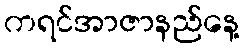
ကရင်အာဇာနည်နေ့